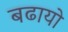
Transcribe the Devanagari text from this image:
बढायो